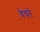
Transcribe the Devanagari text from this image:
वेचते